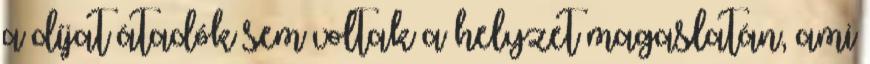
a díjat átadók sem voltak a helyzet magaslatán, ami